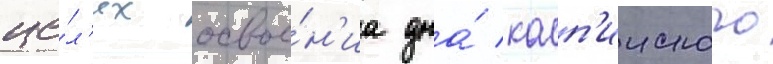
це́л'ях освое́н'иа дна́ касп'ииского